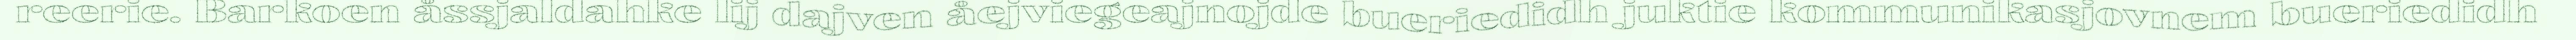
reerie. Barkoen åssjaldahke lij dajven åejviegeajnojde bueriedidh juktie kommunikasjovnem bueriedidh